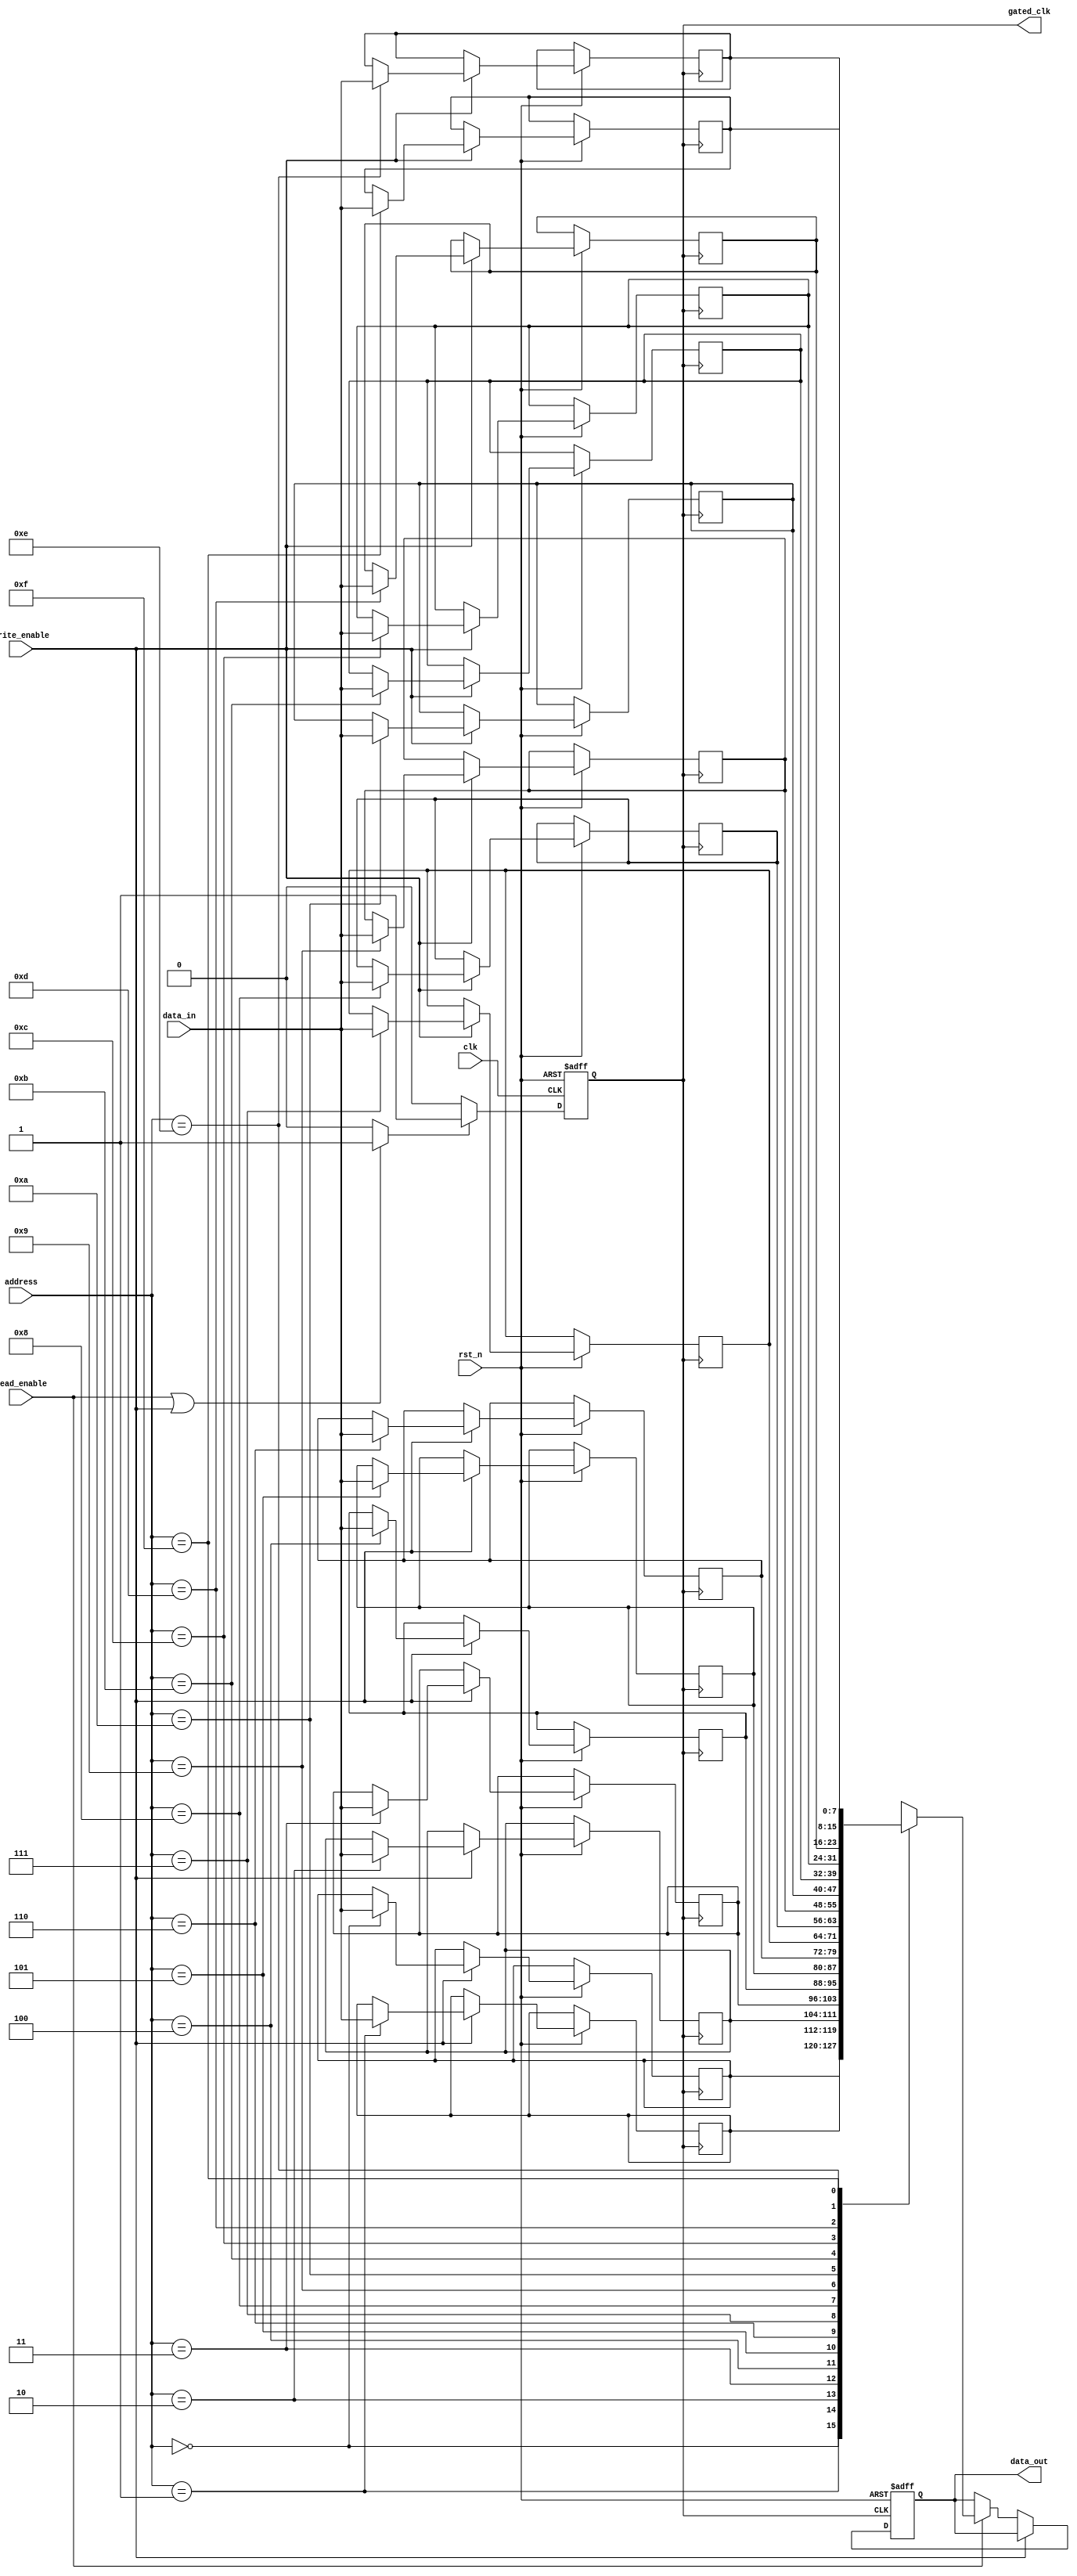
module dynamic_clock_gating (
    input wire clk,              // Main clock input
    input wire rst_n,            // Active-low reset
    input wire read_enable,      // Read operation enable signal
    input wire write_enable,     // Write operation enable signal
    output wire gated_clk,       // Gated clock output
    output reg [7:0] data_out,   // Output data
    input wire [7:0] data_in,    // Input data
    input wire [3:0] address      // Address bus
);

    reg clk_gated;               // Gated clock signal
    reg enable;                  // Enable signal for clock gating

    // Control logic to determine when to enable the clock
    always @* begin
        if (read_enable || write_enable) begin
            enable = 1'b1; // Enable clock when reading or writing
        end else begin
            enable = 1'b0; // Gated clock when idle
        end
    end

    // Clock gating logic
    always @(posedge clk or negedge rst_n) begin
        if (!rst_n) begin
            clk_gated <= 1'b0;
        end else begin
            if (enable) begin
                clk_gated <= 1'b1; // Pass the clock when enabled
            end else begin
                clk_gated <= 1'b0; // Disable clock when not in use
            end
        end
    end

    // Memory block (simple register file for demonstration)
    reg [7:0] memory [0:15]; // 16x8 memory

    // Memory read/write operations
    always @(posedge clk_gated or negedge rst_n) begin
        if (!rst_n) begin
            data_out <= 8'b0; // Reset output data
        end else if (write_enable) begin
            memory[address] <= data_in; // Write data to memory
        end else if (read_enable) begin
            data_out <= memory[address]; // Read data from memory
        end
    end

    assign gated_clk = clk_gated; // Output the gated clock

endmodule